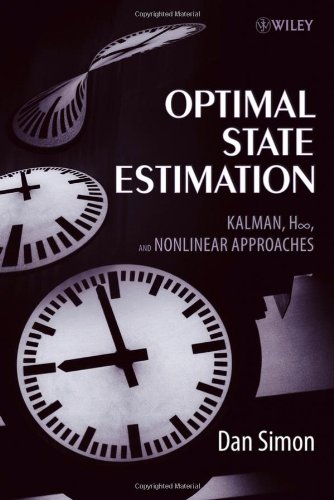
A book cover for Optimal State Estimation: Kalman, H Infinity, and Nonlinear Approaches; Dan Simon; Computers & Technology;